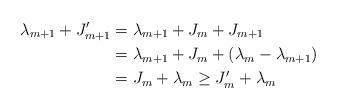
LaTeX: \begin{align*}\lambda_{m+1} + J'_{m+1} & = \lambda_{m+1}+J_m + J_{m+1} \\& = \lambda_{m+1}+J_m + (\lambda_m - \lambda_{m+1}) \\& = J_m + \lambda_m \geq J'_m + \lambda_m\end{align*}